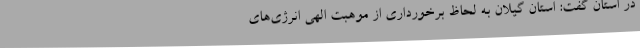
در استان گفت: استان گیلان به لحاظ برخورداری از موهبت الهی انرژی‌های